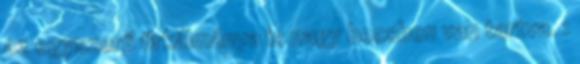
az egyszerű firkálmánya is nagy becsben van tartva. :